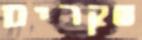
שקרים